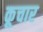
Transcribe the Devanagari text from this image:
कूचार